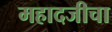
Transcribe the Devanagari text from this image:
महादजीचा